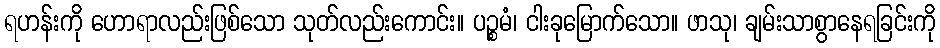
ရဟန်းကို ဟောရာလည်းဖြစ်သော သုတ်လည်းကောင်း။ ပဉ္စမံ၊ ငါးခုမြောက်သော။ ဖာသု၊ ချမ်းသာစွာနေရခြင်းကို